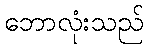
ဘောလုံးသည်